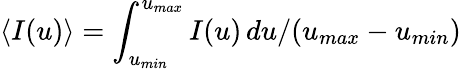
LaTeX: \langle I(u)\rangle=\int_{u_{min}}^{u_{max}}I(u)\, du/(u_{max}-u_{min})